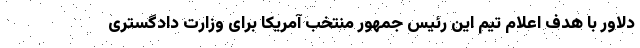
دلاور با هدف اعلام تیم این رئیس جمهور منتخب آمریکا برای وزارت دادگستری